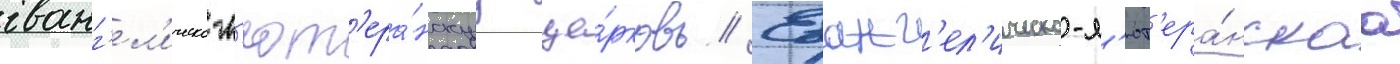
еванг'ел'ическо-л'ют'ера́нскуу це́рковь // Еванг'ел'ическо-л'ют'ера́нскаа